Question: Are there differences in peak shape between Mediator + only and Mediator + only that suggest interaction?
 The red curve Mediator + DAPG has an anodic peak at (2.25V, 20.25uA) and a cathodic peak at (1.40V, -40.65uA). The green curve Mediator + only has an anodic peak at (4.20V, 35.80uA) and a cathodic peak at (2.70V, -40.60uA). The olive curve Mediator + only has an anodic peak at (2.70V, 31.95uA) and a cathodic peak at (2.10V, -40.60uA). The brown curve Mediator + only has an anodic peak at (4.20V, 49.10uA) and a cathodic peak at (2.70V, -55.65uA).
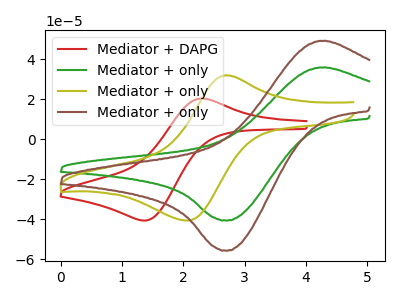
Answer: <think>All the peaks in "Mediator + only" have a peak in "Mediator + only" at the same potential. Every peak in "Mediator + only" is lower than every peak in "Mediator + only".
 </think>
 <answer>No, "Mediator + only" and "Mediator + only" don't appear to be significantly different in shape</answer>
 <eval>no_change</eval>